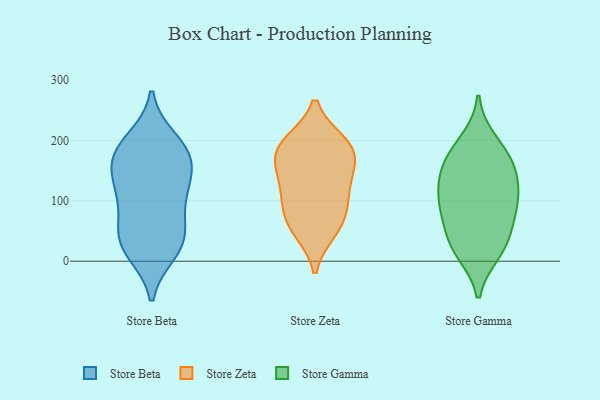
{"axis": {"x": "Page Views", "y": "Value"}, "legend": ["Store Beta", "Store Gamma", "Store Zeta"], "data": [{"x": "", "y": 199, "type": "Store Beta"}, {"x": "", "y": 46, "type": "Store Beta"}, {"x": "", "y": 27, "type": "Store Beta"}, {"x": "", "y": 103, "type": "Store Beta"}, {"x": "", "y": 142, "type": "Store Beta"}, {"x": "", "y": 161, "type": "Store Beta"}, {"x": "", "y": 29, "type": "Store Beta"}, {"x": "", "y": 180, "type": "Store Beta"}, {"x": "", "y": 119, "type": "Store Beta"}, {"x": "", "y": 176, "type": "Store Beta"}, {"x": "", "y": 108, "type": "Store Beta"}, {"x": "", "y": 182, "type": "Store Beta"}, {"x": "", "y": 17, "type": "Store Beta"}, {"x": "", "y": 51, "type": "Store Beta"}, {"x": "", "y": 170, "type": "Store Zeta"}, {"x": "", "y": 89, "type": "Store Zeta"}, {"x": "", "y": 80, "type": "Store Zeta"}, {"x": "", "y": 53, "type": "Store Zeta"}, {"x": "", "y": 192, "type": "Store Zeta"}, {"x": "", "y": 195, "type": "Store Zeta"}, {"x": "", "y": 147, "type": "Store Zeta"}, {"x": "", "y": 170, "type": "Store Zeta"}, {"x": "", "y": 51, "type": "Store Zeta"}, {"x": "", "y": 196, "type": "Store Zeta"}, {"x": "", "y": 115, "type": "Store Zeta"}, {"x": "", "y": 126, "type": "Store Zeta"}, {"x": "", "y": 22, "type": "Store Gamma"}, {"x": "", "y": 51, "type": "Store Gamma"}, {"x": "", "y": 88, "type": "Store Gamma"}, {"x": "", "y": 15, "type": "Store Gamma"}, {"x": "", "y": 28, "type": "Store Gamma"}, {"x": "", "y": 199, "type": "Store Gamma"}, {"x": "", "y": 152, "type": "Store Gamma"}, {"x": "", "y": 103, "type": "Store Gamma"}, {"x": "", "y": 132, "type": "Store Gamma"}, {"x": "", "y": 138, "type": "Store Gamma"}, {"x": "", "y": 170, "type": "Store Gamma"}, {"x": "", "y": 82, "type": "Store Gamma"}, {"x": "", "y": 176, "type": "Store Gamma"}, {"x": "", "y": 98, "type": "Store Gamma"}]}